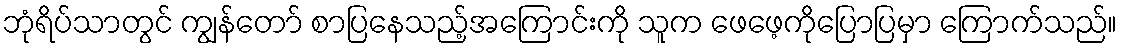
ဘုံရိပ်သာတွင် ကျွန်တော် စာပြနေသည့်အကြောင်းကို သူက ဖေဖေ့ကိုပြောပြမှာ ကြောက်သည်။